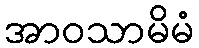
အာဝသာမိမံ